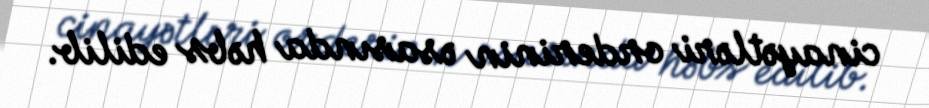
cinayətləri orderinin əsasında həbs edilib.